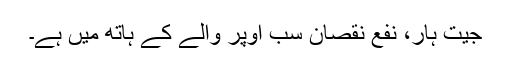
جیت ہار، نفع نقصان سب اُوپر والے کے ہاتھ میں ہے۔